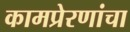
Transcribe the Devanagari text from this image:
कामप्रेरणांचा